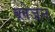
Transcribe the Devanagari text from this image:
ब्लेजन